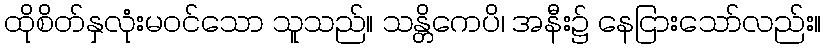
ထိုစိတ်နှလုံးမဝင်သော သူသည်။ သန္တိကေပိ၊ အနီး၌ နေငြားသော်လည်း။